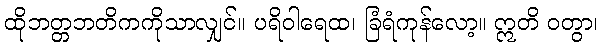
ထိုဘတ္တဘတိကကိုသာလျှင်။ ပရိဝါရေထ၊ ခြံရံကုန်လော့။ ဣတိ ဝတွာ၊